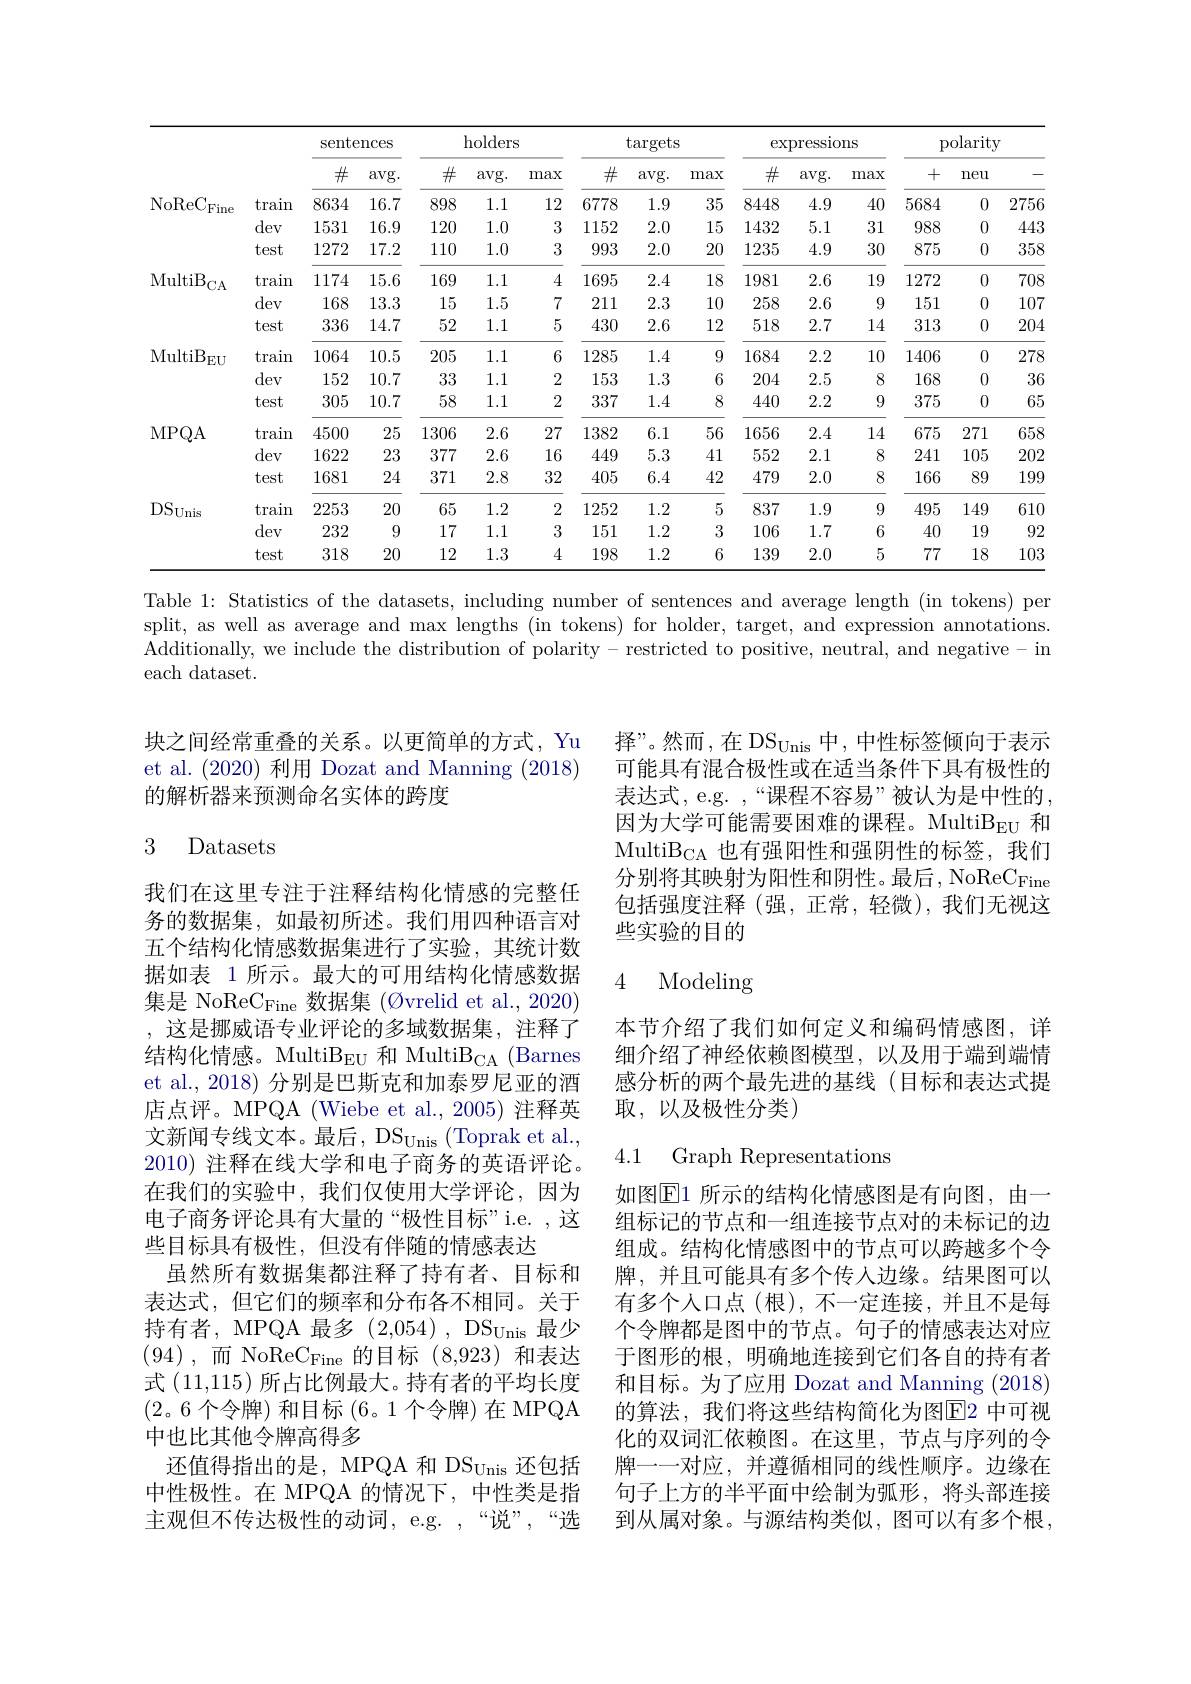
<table>
	<tbody>
		<tr>
			<th> </th>
			<th> </th>
			<th colspan="2">sentences</th>
			<th colspan="2">${\mathrm{holders}}$</th>
			<th colspan="2">targets</th>
			<th>e</th>
			<th colspan="2">expresslons</th>
			<th colspan="3">polarity</th>
		</tr>
		<tr>
			<th> </th>
			<th> </th>
			<th>$\#$</th>
			<th>$avg.$</th>
			<th>$\#$</th>
			<th>$\iota Vg.$ 11</th>
			<th>$\#$</th>
			<th>$avg.$</th>
			<th>$\#$</th>
			<th>$\operatorname{avg}.$</th>
			<th>max</th>
			<th>+</th>
			<th>neu</th>
			<th> </th>
		</tr>
		<tr>
			<td rowspan="3">$\mathrm{NoReC}_{\mathrm{Fine}}$</td>
			<td>train</td>
			<td>8634</td>
			<td>16.7</td>
			<td>898</td>
			<td>1.1</td>
			<td>6778</td>
			<td>1.9</td>
			<td>8448</td>
			<td>4.9</td>
			<td>40</td>
			<td>5684</td>
			<td>0</td>
			<td>2756</td>
		</tr>
		<tr>
			<td>dev</td>
			<td>1531</td>
			<td>16.9</td>
			<td>120</td>
			<td>1.0</td>
			<td>1152</td>
			<td>2.0</td>
			<td>1432</td>
			<td>5.1</td>
			<td>31</td>
			<td>988</td>
			<td>0</td>
			<td>443</td>
		</tr>
		<tr>
			<td>test</td>
			<td>1272</td>
			<td>17.2</td>
			<td>110</td>
			<td>1.0</td>
			<td>993</td>
			<td>2.0</td>
			<td>1235</td>
			<td>4.9</td>
			<td>30</td>
			<td>875</td>
			<td>0</td>
			<td>358</td>
		</tr>
		<tr>
			<td rowspan="3">MultiB ${'}_{\mathrm{CA}}$</td>
			<td>$\tan$</td>
			<td>1174</td>
			<td>15.6</td>
			<td>169</td>
			<td>1.1</td>
			<td>1695</td>
			<td>2.4</td>
			<td>1981</td>
			<td>2.6</td>
			<td>19</td>
			<td>1272</td>
			<td>0</td>
			<td>708</td>
		</tr>
		<tr>
			<td>dev</td>
			<td>168</td>
			<td>13.3</td>
			<td>15</td>
			<td>1.5</td>
			<td>211</td>
			<td>2.3</td>
			<td>258</td>
			<td>2.6</td>
			<td>9</td>
			<td>151</td>
			<td>0</td>
			<td>107</td>
		</tr>
		<tr>
			<td>test</td>
			<td>336</td>
			<td>14.7</td>
			<td>52</td>
			<td>1.1</td>
			<td>430</td>
			<td>2.6</td>
			<td>518</td>
			<td>2.7</td>
			<td>14</td>
			<td>313</td>
			<td>0</td>
			<td>204</td>
		</tr>
		<tr>
			<td rowspan="3">MultiB $3_{\mathrm{EU}}$</td>
			<td>train</td>
			<td>1064</td>
			<td>10.5</td>
			<td>205</td>
			<td>1.1</td>
			<td>1285</td>
			<td>1.4</td>
			<td>1684</td>
			<td>2.2</td>
			<td>10</td>
			<td>1406</td>
			<td>0</td>
			<td>278</td>
		</tr>
		<tr>
			<td>dev</td>
			<td>152</td>
			<td>10.7</td>
			<td>33</td>
			<td>1.1</td>
			<td>153</td>
			<td>1.3</td>
			<td>204</td>
			<td>2.5</td>
			<td>8</td>
			<td>168</td>
			<td>0</td>
			<td>36</td>
		</tr>
		<tr>
			<td>test</td>
			<td>305</td>
			<td>10.7</td>
			<td>58</td>
			<td>1.1</td>
			<td>337</td>
			<td>1.4</td>
			<td>440</td>
			<td>2.2</td>
			<td>9</td>
			<td>375</td>
			<td>0</td>
			<td>65</td>
		</tr>
		<tr>
			<td rowspan="3">MPQA</td>
			<td>$\tan$</td>
			<td>4500</td>
			<td>25</td>
			<td>1306</td>
			<td>2.6</td>
			<td>1382</td>
			<td>6.1</td>
			<td>1656</td>
			<td>2.4</td>
			<td>14</td>
			<td>675</td>
			<td>271</td>
			<td>658</td>
		</tr>
		<tr>
			<td>dev</td>
			<td>1622</td>
			<td>23</td>
			<td>377</td>
			<td>2.6</td>
			<td>449</td>
			<td>5.3</td>
			<td>552</td>
			<td>2.1</td>
			<td>8</td>
			<td>241</td>
			<td>105</td>
			<td>202</td>
		</tr>
		<tr>
			<td>test</td>
			<td>1681</td>
			<td>24</td>
			<td>371</td>
			<td>2.8</td>
			<td>405</td>
			<td>6.4</td>
			<td>479</td>
			<td>2.0</td>
			<td>8</td>
			<td>166</td>
			<td>89</td>
			<td>199</td>
		</tr>
		<tr>
			<td rowspan="3">$DS_{\mathrm{Unis}}$</td>
			<td>train</td>
			<td>2253</td>
			<td>20</td>
			<td>65</td>
			<td>1.2</td>
			<td>1252</td>
			<td>1.2</td>
			<td>837</td>
			<td>1.9</td>
			<td>9</td>
			<td>495</td>
			<td>149</td>
			<td>610</td>
		</tr>
		<tr>
			<td>dev</td>
			<td>232</td>
			<td>9</td>
			<td>17</td>
			<td>1.1</td>
			<td>151</td>
			<td>1.2</td>
			<td>106</td>
			<td>1.7</td>
			<td>6</td>
			<td>40</td>
			<td>19</td>
			<td>92</td>
		</tr>
		<tr>
			<td>test</td>
			<td>318</td>
			<td>20</td>
			<td>12</td>
			<td>1.3</td>
			<td>198</td>
			<td>1.2</td>
			<td>139</td>
			<td>2.0</td>
			<td>5</td>
			<td>77</td>
			<td>18</td>
			<td>103</td>
		</tr>
	</tbody>
</table>
Table 1: Statistics of the datasets, including number of sentences and average length (in tokens) per

split, as well as average and max lengths (in tokens) for holder, target, and expression annotations. Additionally, we include the distribution of polarity- restricted to positive, neutral, and negative- in each dataset.

块之间经常重叠的关系。以更简单的方式，Yu 择”。然而，在 DS$_\mathrm{Unis}$中，中性标签倾向于表示
et al.(2020) 利用 Dozat and Manning (2018)
的解析器来预测命名实体的跨度

### 3 Datasets

我们在这里专注于注释结构化情感的完整任务的数据集，如最初所述。我们用四种语言对五个结构化情感数据集进行了实验，其统计数据如表 1 所示。最大的可用结构化情感数据集是 NoReC$_\mathrm{Fine}$数据集 (Øvrelid et al., 2020) ,这是挪威语专业评论的多域数据集，注释了$结构化情感。MultiB_{EU} 和 MultiB_{CA} (Barnes$ et al., 2018) 分别是巴斯克和加泰罗尼亚的酒店点评。MPQA (Wiebe et al.,2005) 注释英文新闻专线文本。最后，DS$_\mathrm{Unis}$(Toprak et al., 2010)注释在线大学和电子商务的英语评论。在我们的实验中，我们仅使用大学评论，因为电子商务评论具有大量的“极性目标”i.e. ,这些目标具有极性，但没有伴随的情感表达
虽然所有数据集都注释了持有者、目标和表达式，但它们的频率和分布各不相同。关于持有者，MPQA 最多 (2,054), DS$_\mathrm{Unis}$最少(94),而 NoReC$_\mathrm{Fine}$ 的目标(8,923)和表达式(11,115)所占比例最大。持有者的平均长度(2。6 个令牌) 和目标 (6。1 个令牌) 在 MPQA 中也比其他令牌高得多
还值得指出的是，MPQA 和 DS$_\mathrm{Unis}$还包括中性极性。在 MPQA 的情况下，中性类是指主观但不传达极性的动词，e.g. ,“说”,“选

可能具有混合极性或在适当条件下具有极性的表达式，e.g. ,“课程不容易”被认为是中性的， $因为大学可能需要困难的课程。MultiB_{EU} 和$ $\mathrm{MultiB}_{\mathrm{CA}}$也有强阳性和强阴性的标签，我们分别将其映射为阳性和阴性。最后，NoReC$_\mathrm{Fine}$ 包括强度注释(强，正常，轻微),我们无视这些实验的目的

### 4 Modeling

本节介绍了我们如何定义和编码情感图，详细介绍了神经依赖图模型，以及用于端到端情感分析的两个最先进的基线(目标和表达式提取，以及极性分类)

### 4.1 Graph Representations

如图$\mathbb{E}1$ 所示的结构化情感图是有向图，由一组标记的节点和一组连接节点对的未标记的边组成。结构化情感图中的节点可以跨越多个令牌，并且可能具有多个传人边缘。结果图可以有多个人口点(根),不一定连接，并且不是每个令牌都是图中的节点。句子的情感表达对应于图形的根，明确地连接到它们各自的持有者和目标。为了应用 Dozat and Manning (2018) 的算法，我们将这些结构简化为图$\overline{\mathrm{E}}$2 中可视化的双词汇依赖图。在这里，节点与序列的令牌一一对应，并遵循相同的线性顺序。边缘在句子上方的半平面中绘制为弧形，将头部连接到从属对象。与源结构类似，图可以有多个根，